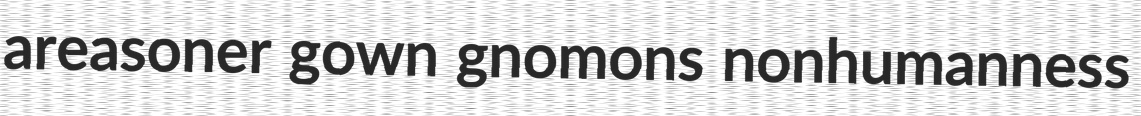
areasoner gown gnomons nonhumanness